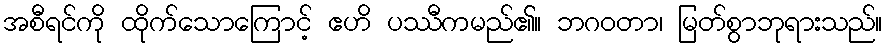
အစီရင်ကို ထိုက်သောကြောင့် ဧဟိ ပဿီကမည်၏။ ဘဂဝတာ၊ မြတ်စွာဘုရားသည်။